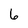
Character: 6